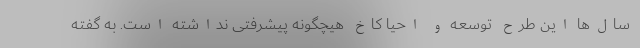
سال‌ها این طرح توسعه و احیا کاخ هیچگونه پیشرفتی نداشته است. به گفته‌‌